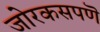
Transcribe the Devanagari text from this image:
जोरकसपणॆ